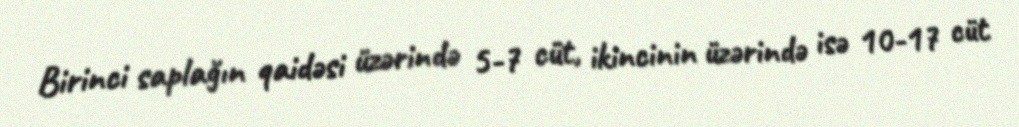
Birinci saplağın qaidəsi üzərində 5-7 cüt, ikincinin üzərində isə 10-17 cüt